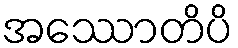
အဿောတိပိ